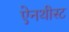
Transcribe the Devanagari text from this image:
ऐनथीस्ट